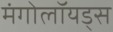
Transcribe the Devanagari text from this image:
मंगोलॉयड्स